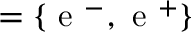
= \lbrace \mathrm { ~ e ~ } ^ { - } , \mathrm { ~ e ~ } ^ { + } \rbrace